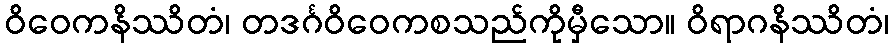
ဝိဝေကနိဿိတံ၊ တဒင်္ဂဝိဝေကစသည်ကိုမှီသော။ ဝိရာဂနိဿိတံ၊